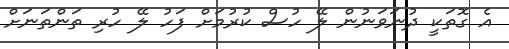
އެ ގޮތަކީ ދުނަވަނުން ލޭ ހުސް ކުރުމަށް ފަހު ލޭ ހުރި ތަންތަނަށް